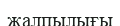
жалпылығы